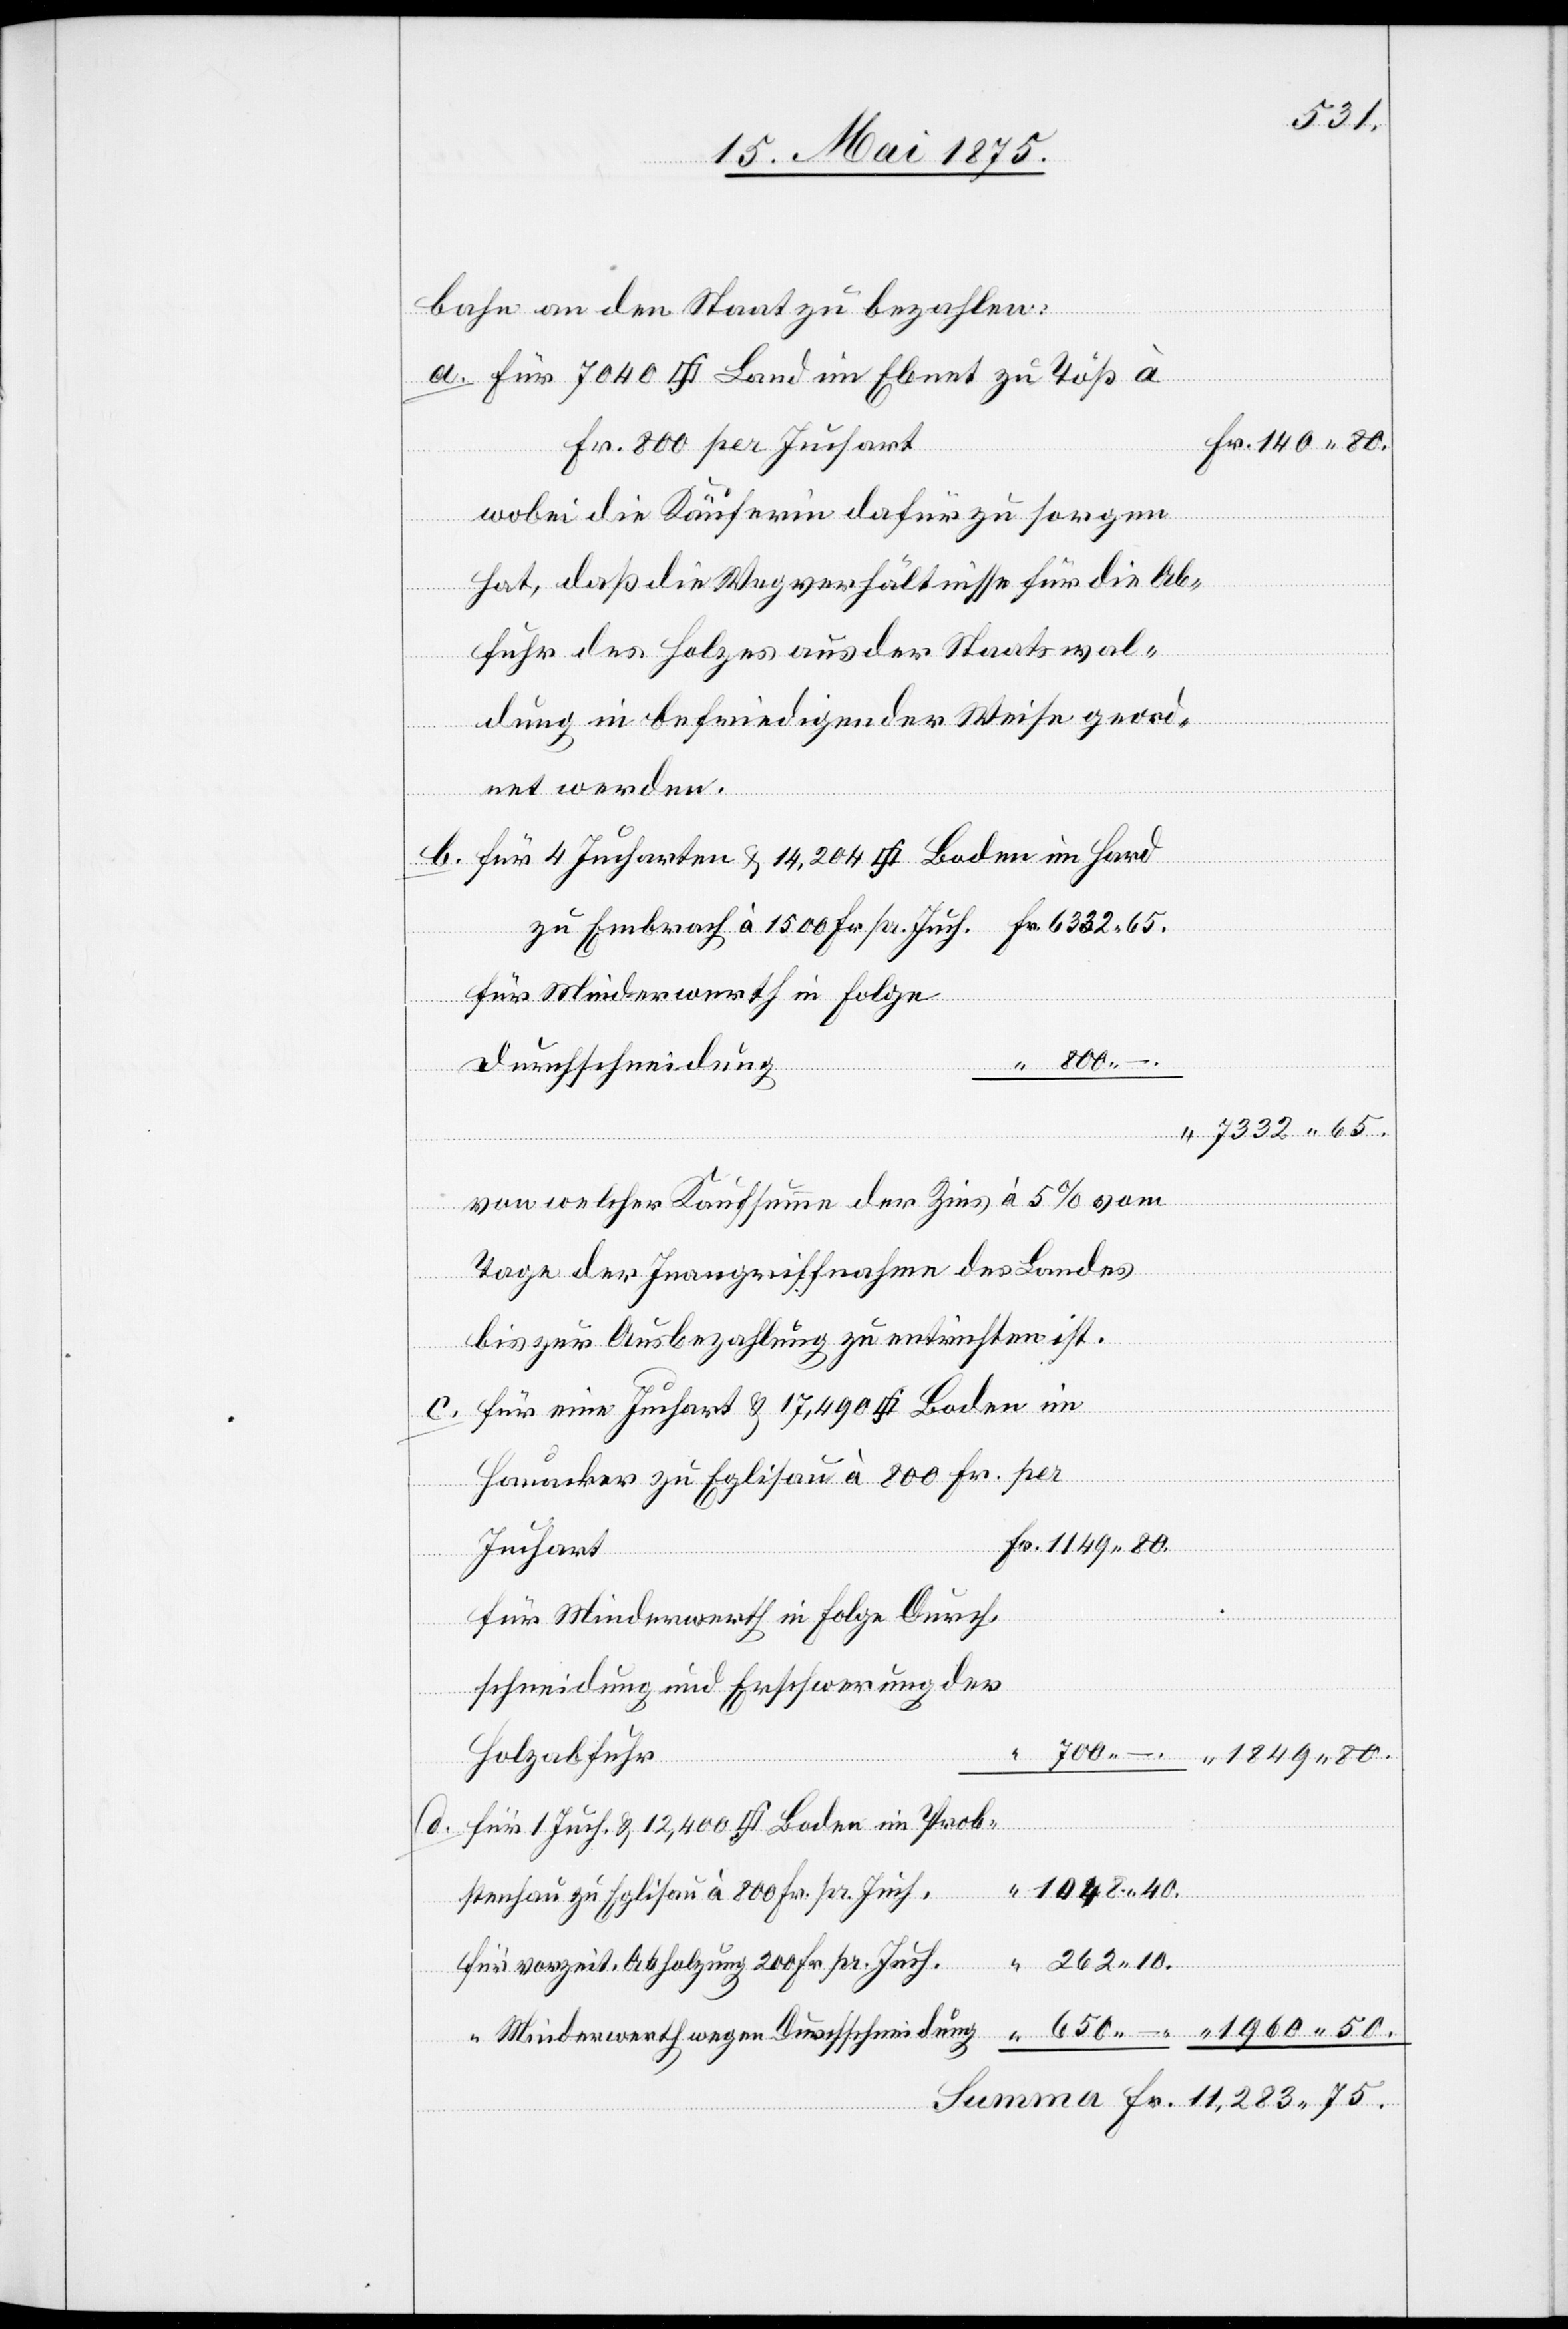
im

80.
bahn an den Staat zu bezahlen:
a.
Fr. 800 per Juchart
wobei die Käuferin dafür zu sorgen
hat, daß die Wegverhältnisse für die Ab¬
wegen
swal¬
dung in befriedigender Weise geord¬
Holz
net werden.
für Minderwerth in Folge
Durchschneidung
7332 65.
von welcher Kaufsumme der Zins à 5% vom
“
Tage der Inangriffnahme des Landes
bis zur Ausbezahlung zu entrichten ist.
75.
Hauacker zu Eglisau à 800 Fr. per
Juchart
Summa
für Minderwerth in Folge Durch¬
schneidung und Erschwerung der
Holzabfuhr
1048 40.
stenhau zu Eglisau à 800 Fr. pr. Juch.
für vorzeit. Abholzung 200 Fr. pr. Juch.